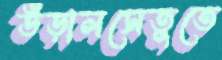
উড়ালসেতুতে